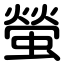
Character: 螢